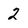
Character: 2